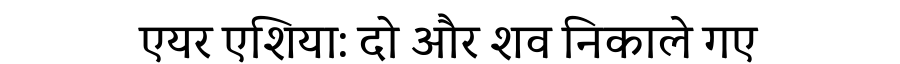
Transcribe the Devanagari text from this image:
एयर एशिया: दो और शव निकाले गए